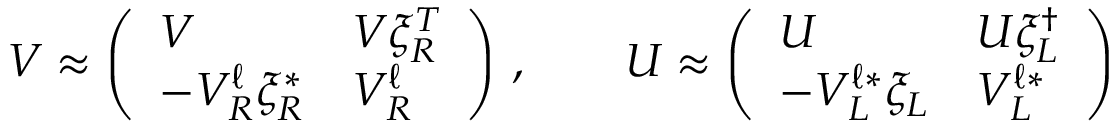
{ \cal V } \approx \left( \begin{array} { l l } { { V } } & { { V \xi _ { R } ^ { T } } } \\ { { - V _ { R } ^ { \ell } \xi _ { R } ^ { * } } } & { { V _ { R } ^ { \ell } } } \end{array} \right) \, , \qquad { \cal U } \approx \left( \begin{array} { l l } { { U } } & { { U \xi _ { L } ^ { \dagger } } } \\ { { - V _ { L } ^ { { \ell } * } \xi _ { L } } } & { { V _ { L } ^ { { \ell } * } } } \end{array} \right)